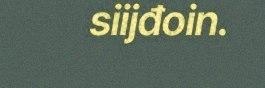
siijđoin.